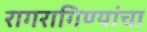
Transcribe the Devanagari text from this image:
रागरागिण्यांचा